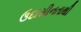
ઉદાસીનતાથી